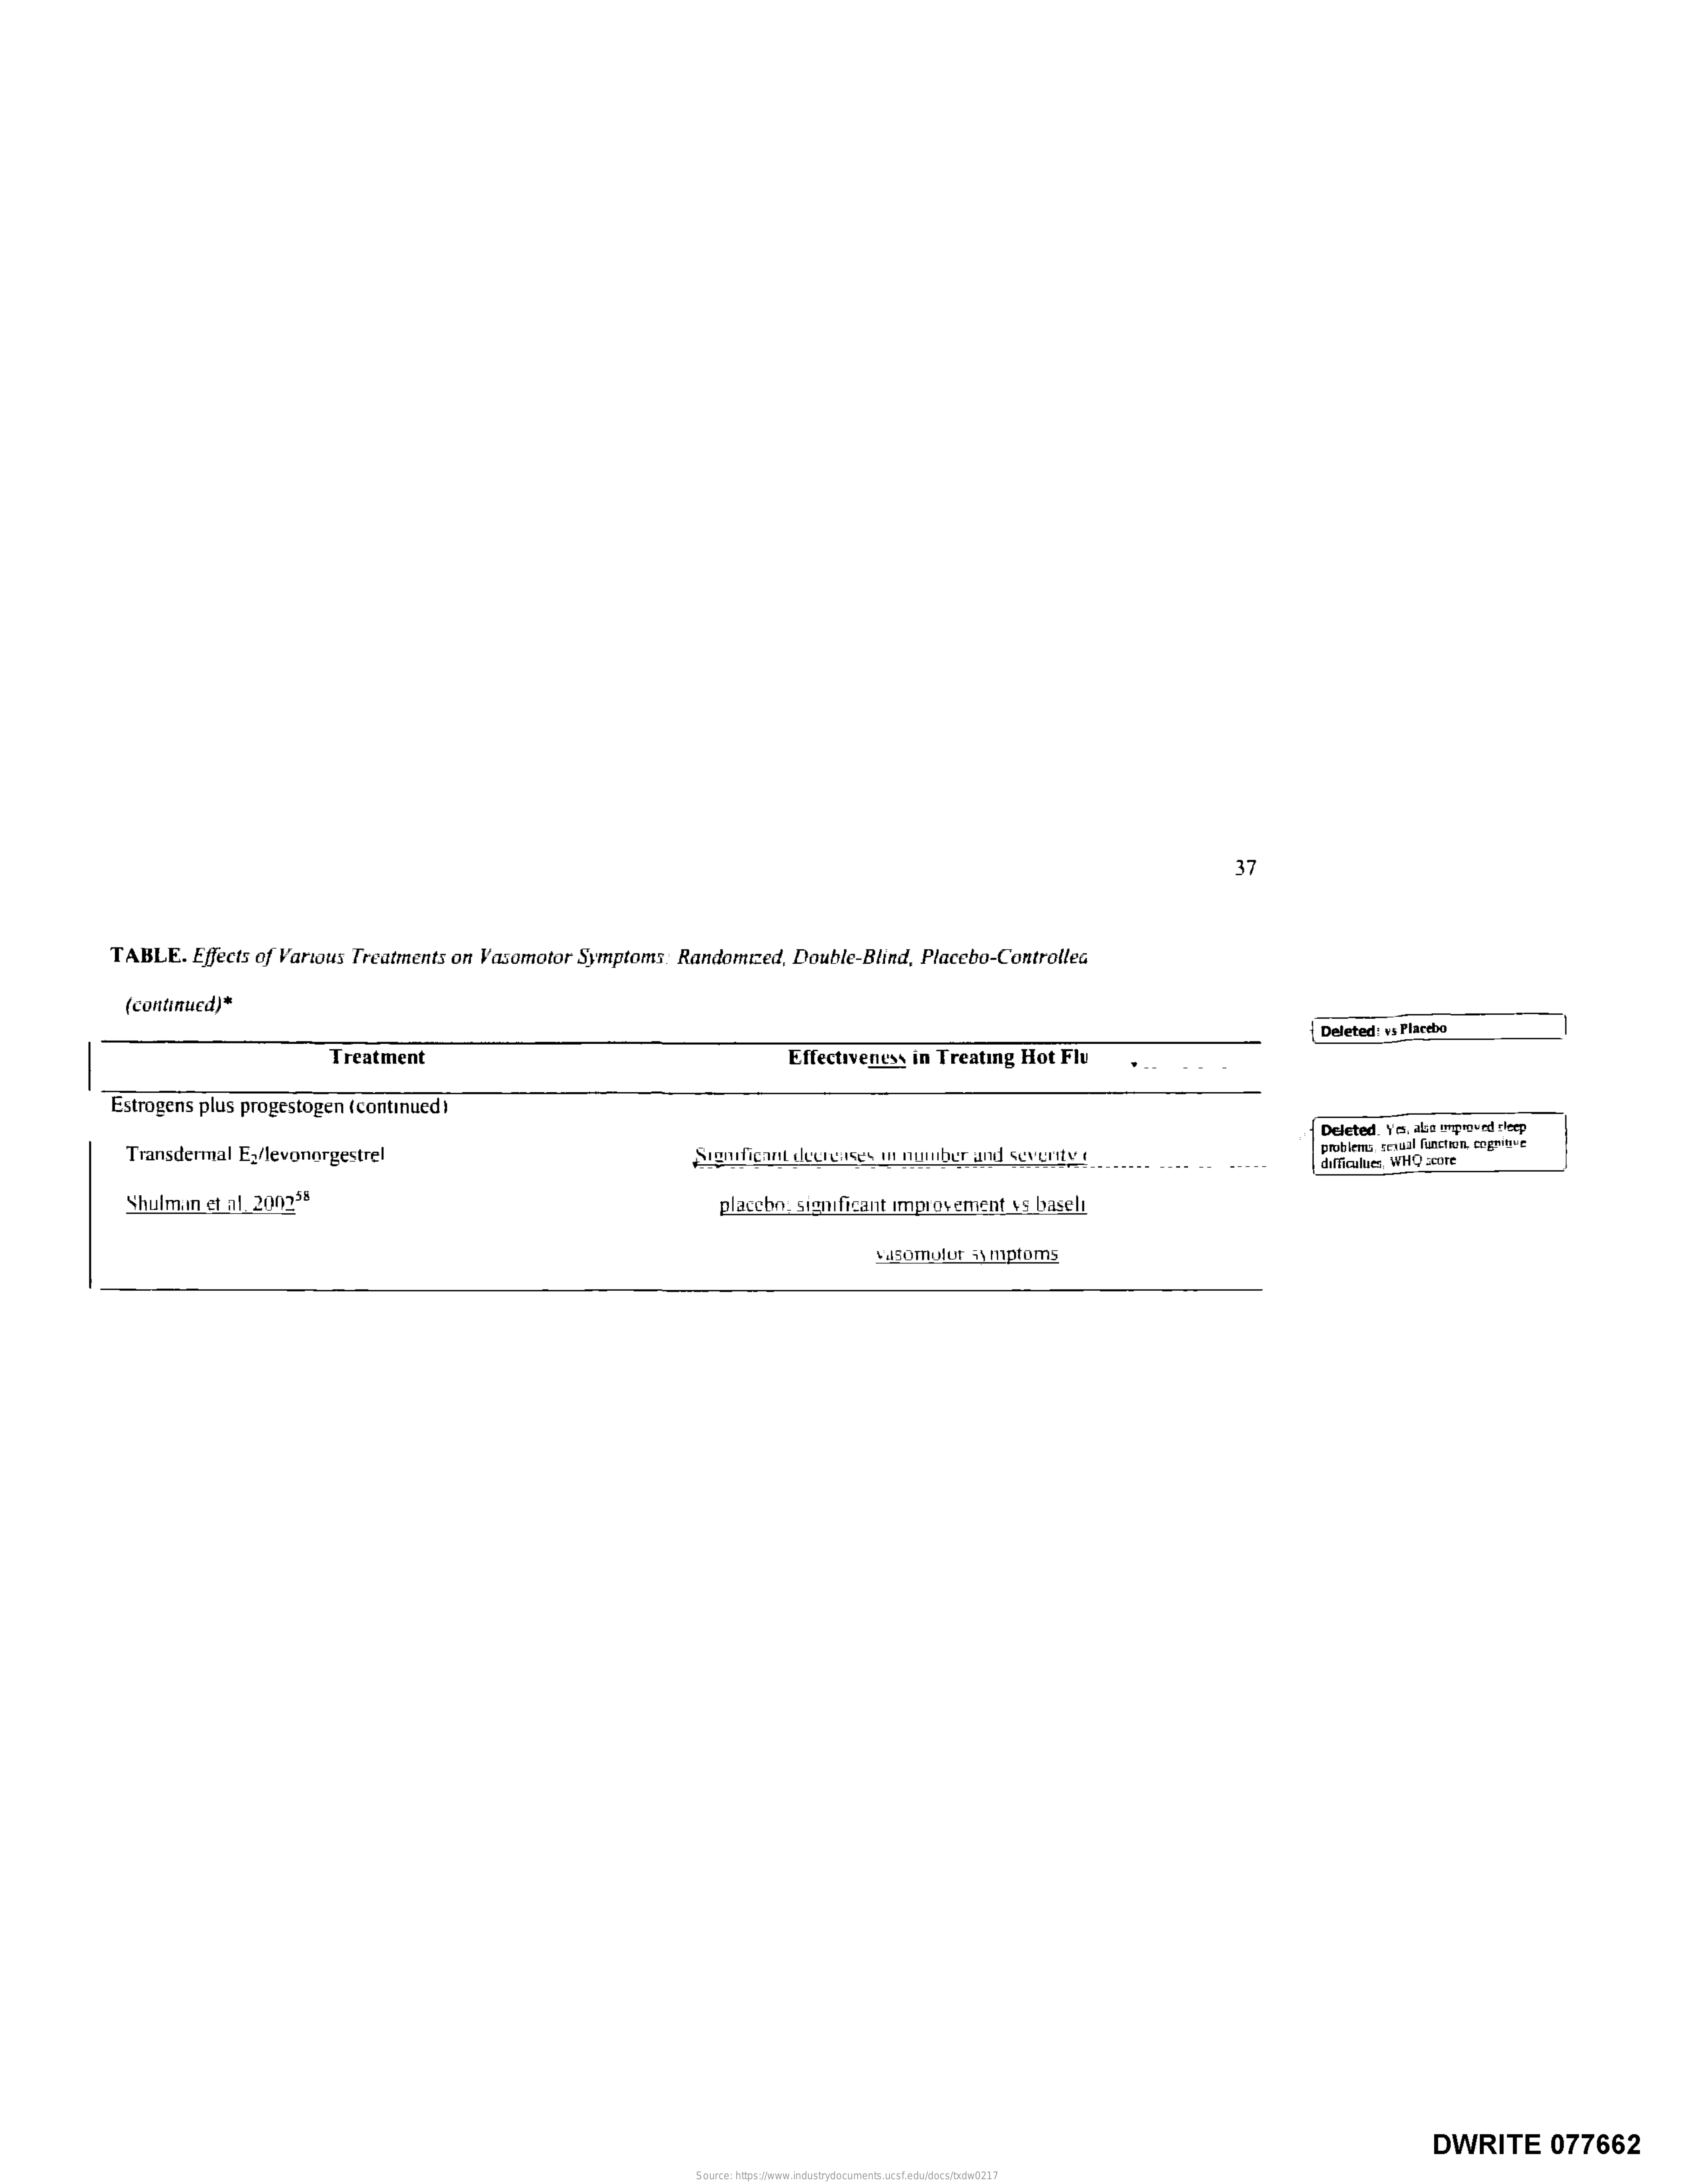
37
     TABLE. Effects of Various Treatments on Vasomotor Symptoms: Randomred, Double-Blind, Placebo-Controlled
     (continued)*
     Deleted: ss Placebo
     Treatment    Effectiveness in Treating Hot Flu
     Estrogens plus progestogen (continued>
     Transdermal Eyflevonorgestrel
     Deleted. Yo, ale engraved rikeep
     Siguficant deurgases in number and severity !    AfEcalues WHO 2010
     Shulmin et al. 200958    placebo, significant improvement ys baselt
     Romulus 3\ mproms
     DWRITE    077662
     Source: https://www.industrydocuments.ucsf.edu/docs/txdw0217